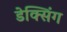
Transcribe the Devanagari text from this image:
डेक्सिंग